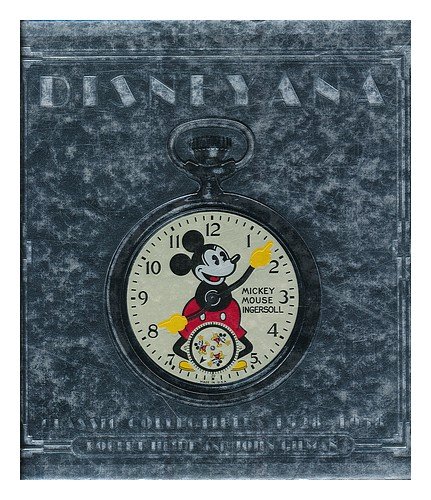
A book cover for Disneyana: Classic Collectibles, 1928-1958; Robert Heide; Crafts, Hobbies & Home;